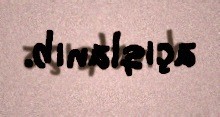
açıqlanıb.